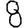
Digit: 8